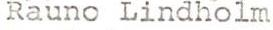
Rauno Lindholm